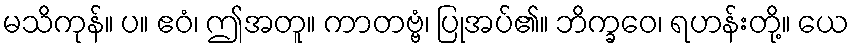
မသိကုန်။ ပ။ ဧဝံ၊ ဤအတူ။ ကာတဗ္ဗံ၊ ပြုအပ်၏။ ဘိက္ခဝေ၊ ရဟန်းတို့။ ယေ